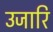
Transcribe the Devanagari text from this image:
उजारि